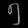
Digit: ၅